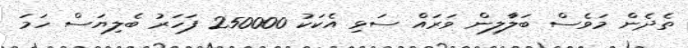
ތެދެން މަވެސް ބަލަާލިން ވަރައް ސަޅި އެކަކު 250000 ފަހަރު ބެލިޔަސް ހަމަ